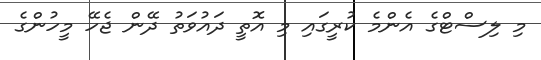
މި ލިސްޓްގެ އެންމެ ކުރީގައި މި އޮތީ ދައުވަތު ދޭން ޖެހޭ މީހުންގެ